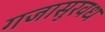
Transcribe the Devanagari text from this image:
गजासुरवध